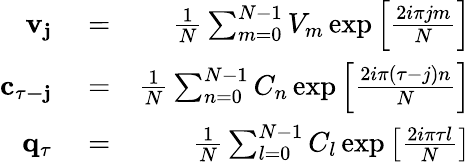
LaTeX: \begin{array}{rlr}{\mathbf{v_{j}}}&{{}=}&{\frac{1}{N}\sum_{m=0}^{N-1}{V_{m}}\exp\left[\frac{2i\pi jm}{N}\right]}\\ {\mathbf{c_{\tau-j}}}&{{}=}&{\frac{1}{N}\sum_{n=0}^{N-1}{C_{n}}\exp\left[\frac{2i\pi(\tau-j)n}{N}\right]}\\ {\mathbf{q_{\tau}}}&{{}=}&{\frac{1}{N}\sum_{l=0}^{N-1}{C_{l}}\exp\left[\frac{2i\pi\tau l}{N}\right]}\end{array}